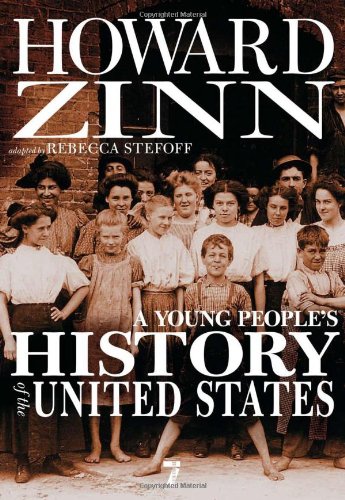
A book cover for A Young People's History of the United States: Columbus to the War on Terror (For Young People Series); Howard Zinn; Children's Books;